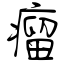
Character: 瘤